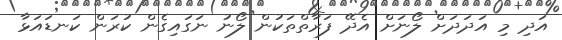
އަދި މި އަދަދަށް ލޯނަށް އެދޭ ފަރާތްތަކުން ލޯނު ނަގައިގެން ކުރަން ކަނޑައަޅާ